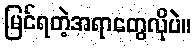
မြင်ရတဲ့အရာတွေလိုပဲ။